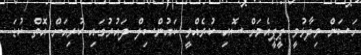
ހަސަން ވިދާޅުވީ ޕީޕީއެމަށް ސޮއި ކުރެއްވީ ކައުންސިލް ދައުރުގައި ކުރިއަށް އޮތް ކުޑަ